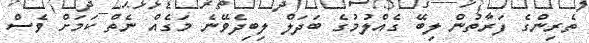
ތެރިންގެ ފަރާތުން ލިބޭ ގެއްލުމުގެ ބަދަލް ލިބިދެވޭނެ މަގެއް ނެތް ކަމަށް ވެސް